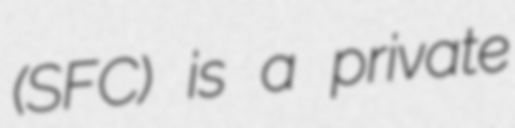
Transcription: (SFC) is a private